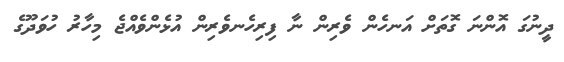
ދީނުގަ އޮންނަ ގޮތަށް އަނހެން ވެރިން ނާ ފިރިހެނވެރިން އުޅެންވެއްޖެ މިހާރު ހުވަދޫގެ